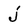
Character: j